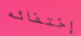
إختفائه